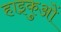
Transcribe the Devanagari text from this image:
हाइकुओं